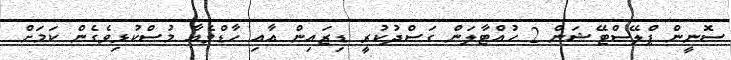
ސޮނީން ޕްލޭސްޓޭޝަން 2 ހުއްޓާލަން ގަސްދުކުރީ ޑިޒައިން އާއި ހާޑްވެއާ މުސްކުޅިވެގެން ކަމަށް